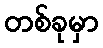
တစ်ခုမှာ